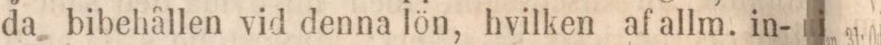
da bibehållen vid denna lön, hvilken af allm. in-